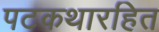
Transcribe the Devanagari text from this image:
पटकथारहित